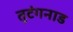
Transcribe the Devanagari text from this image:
तुटंगनाड